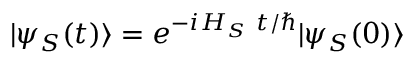
| \psi _ { S } ( t ) \rangle = e ^ { - i H _ { S } ~ t / \hbar } | \psi _ { S } ( 0 ) \rangle